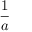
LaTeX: \frac { 1 } { a }